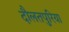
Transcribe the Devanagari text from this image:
दौलतपुरिया